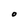
Character: O